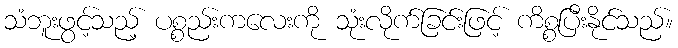
သံဘူးဖွင့်သည့် ပစ္စည်းကလေးကို သုံးလိုက်ခြင်းဖြင့် ကိစ္စပြီးနိုင်သည်။